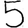
Digit: 5